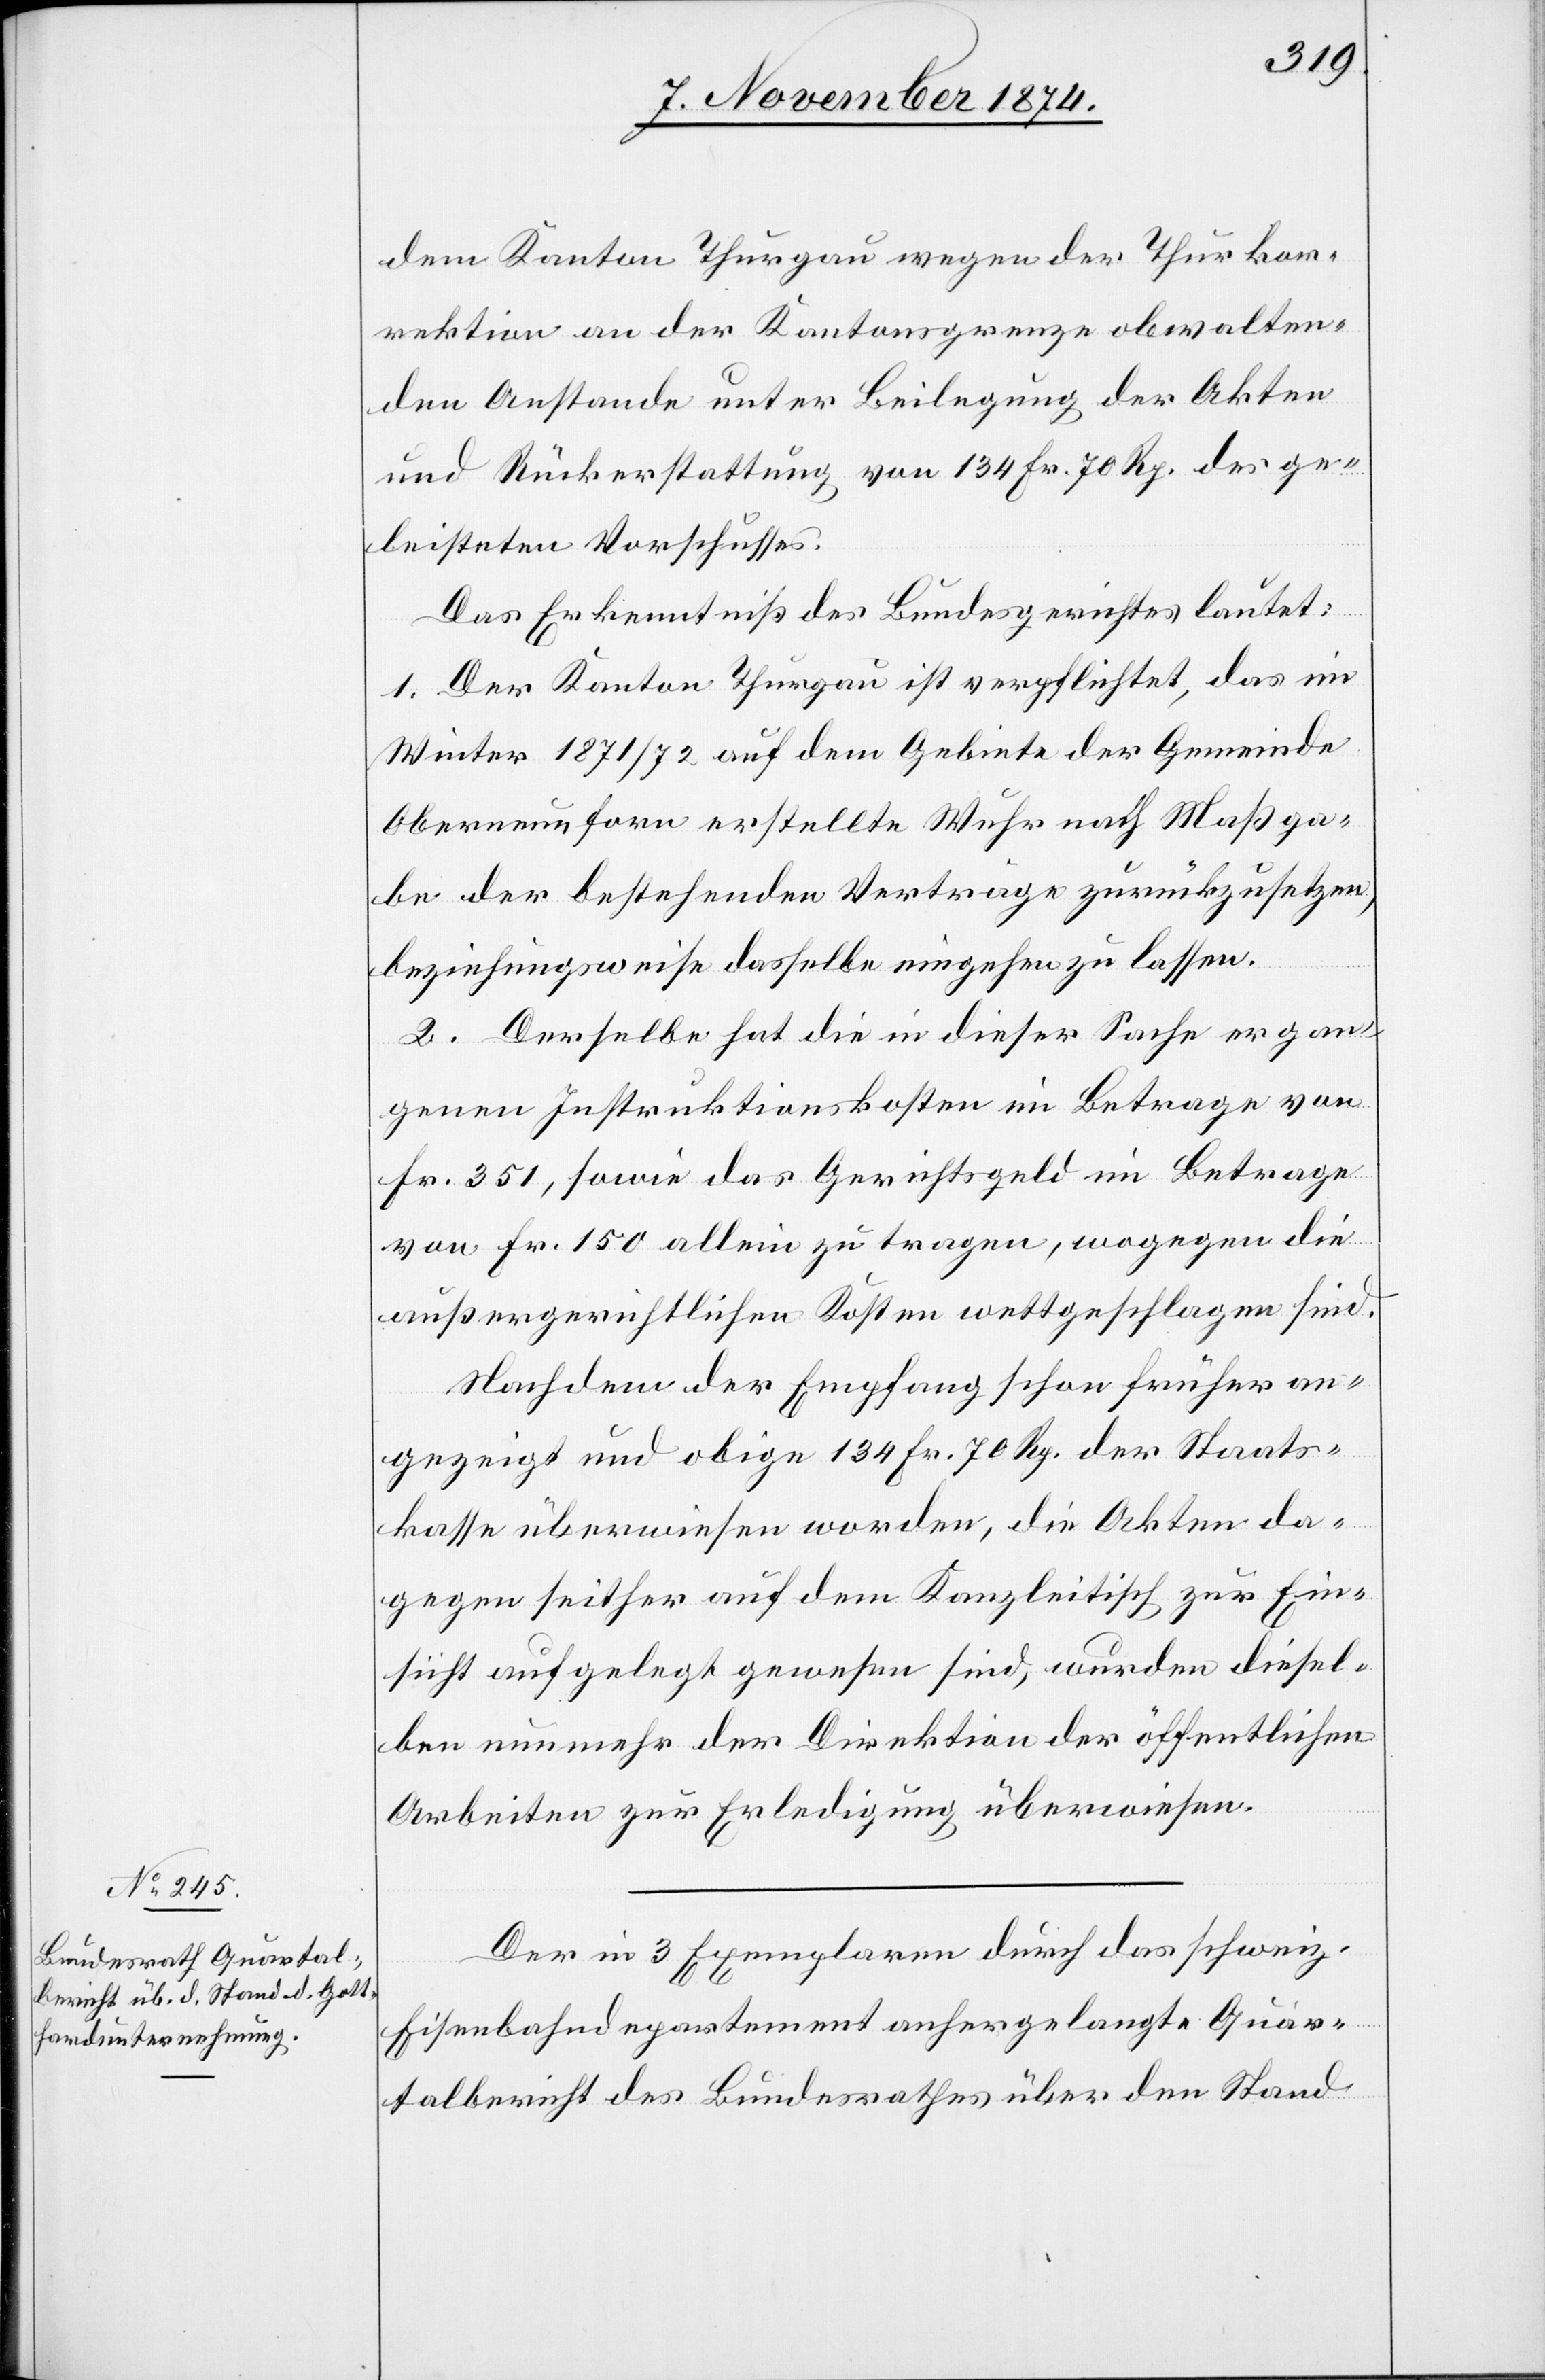
dem Kanton Thurgau wegen der Thurkor¬
rektion an der Kantonsgrenze obwalten¬
den Anstande unter Beilegung der Akten
und Rückerstattung von 134 Fr. 70 Rp. des ge¬
leisteten Vorschusses.
Das Erkenntniß des Bundesgerichtes lautet:
1. Der Kanton Thurgau ist verpflichtet, das im
Winter 1871/72 auf dem Gebiete der Gemeinde
Oberneunforn erstellte Wuhr nach Maßga¬
be der bestehenden Verträge zurückzusetzen,
beziehungsweise dasselbe eingehen zu lassen.
2. Derselbe hat die in dieser Sache ergan¬
genen Instruktionskosten im Betrage von
Fr. 351, sowie das Gerichtsgeld im Betrage
von Fr. 150 allein zu tragen, wogegen die
außergerichtlichen Kosten wettgeschlagen sind.
Nachdem der Empfang schon früher an¬
gezeigt und obige 134 Fr. 70 Rp. der Staats¬
kasse überwiesen worden, die Akten da¬
gegen seither auf dem Kanzleitische zur Ein¬
sicht aufgelegt gewesen sind, wurden diesel¬
ben nunmehr der Direktion der öffentlichen
Arbeiten zur Erledigung überwiesen.
Der in 3 Exemplaren durch das schweiz.
Eisenbahndepartement anhergelangte Quar¬
talbericht des Bundesrathes über den Stand